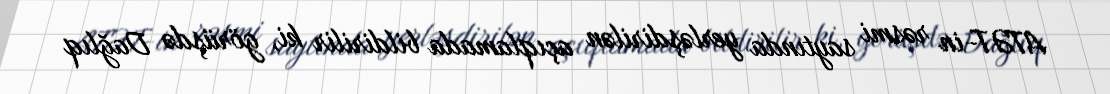
ATƏT-in rəsmi saytında yerləşdirilən açıqlamada bildirilir ki, görüşdə Dağlıq